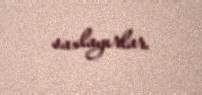
saxlayırlar.